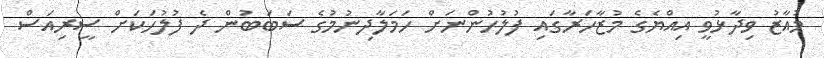
މުއާޒު ވިދާޅުވީ އިއްޔެގެ މުޒާހަރާގައި ފުލުހުންނަށް ހަމަލާދިނުމުގެ ސަބަބުން ދެ ފުލުހަކަށް ސީރިއަސް